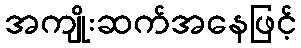
အကျိုးဆက်အနေဖြင့်